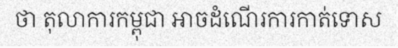
ថា តុលាការកម្ពុជា អាចដំណើរការកាត់ទោស